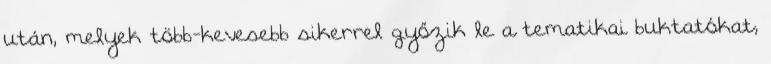
után, melyek több-kevesebb sikerrel győzik le a tematikai buktatókat,